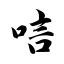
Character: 唁